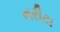
નરીટા